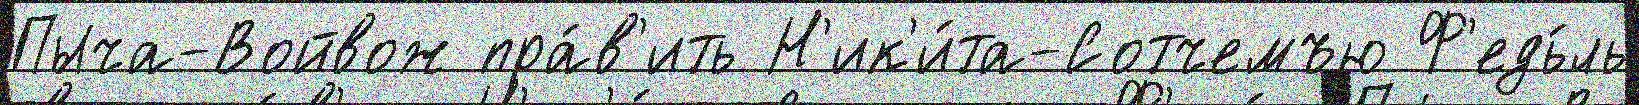
Пыча-Войвож пра́в'ить Н'ик'и́та-Сотчемъю Ф'едь́ль